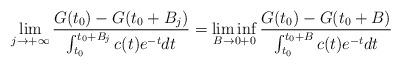
LaTeX: \begin{align*}\lim\limits_{j\to +\infty} \frac{G(t_0)-G(t_0+B_j)}{\int_{t_0}^{t_0+B_j}c(t)e^{-t}dt}=\liminf\limits_{B\to 0+0} \frac{G(t_0)-G(t_0+B)}{\int_{t_0}^{t_0+B}c(t)e^{-t}dt}\end{align*}